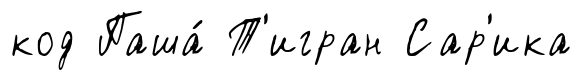
код Паша́ Т'игран Сар'ика